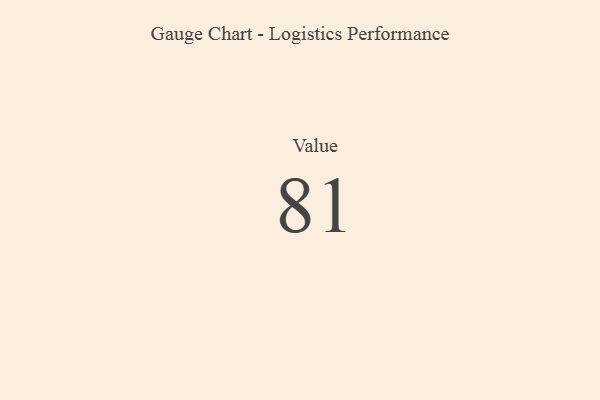
{"axis": {"x": "Metric", "y": "Value"}, "legend": [""], "data": [{"x": "Value", "y": 81, "type": ""}]}